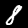
Digit: 8